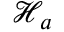
\mathcal { H } _ { a }